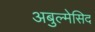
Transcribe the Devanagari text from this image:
अबुल्मेसिद